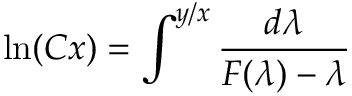
\ln ( C x ) = \int ^ { y / x } { \frac { d \lambda } { F ( \lambda ) - \lambda } } \,